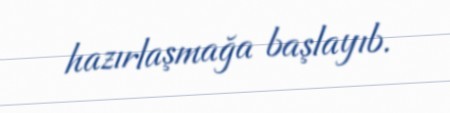
hazırlaşmağa başlayıb.